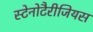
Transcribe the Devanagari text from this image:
स्टेनोटैरीजियस